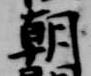
朝